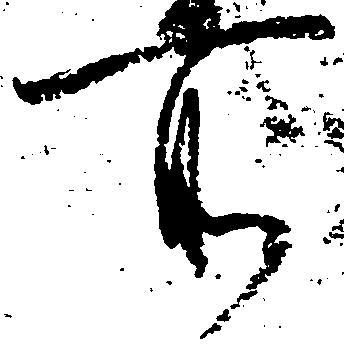
所